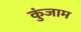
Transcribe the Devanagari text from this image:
कुंजाम